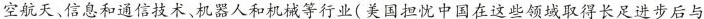
空航天、信息和通信技术、机器人和机械等行业(美国担忧中国在这些领域取得长足进步后与